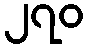
၂၇၀